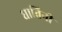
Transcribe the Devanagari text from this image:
घातिनी